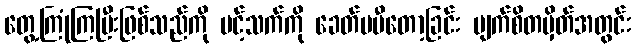
တွေ့ကြုံကြပြီးဖြစ်သည်ကို ပင့်သက်ကို ခေတ်မမီတော့ခြင်း မျက်စိတမှိတ်အတွင်း